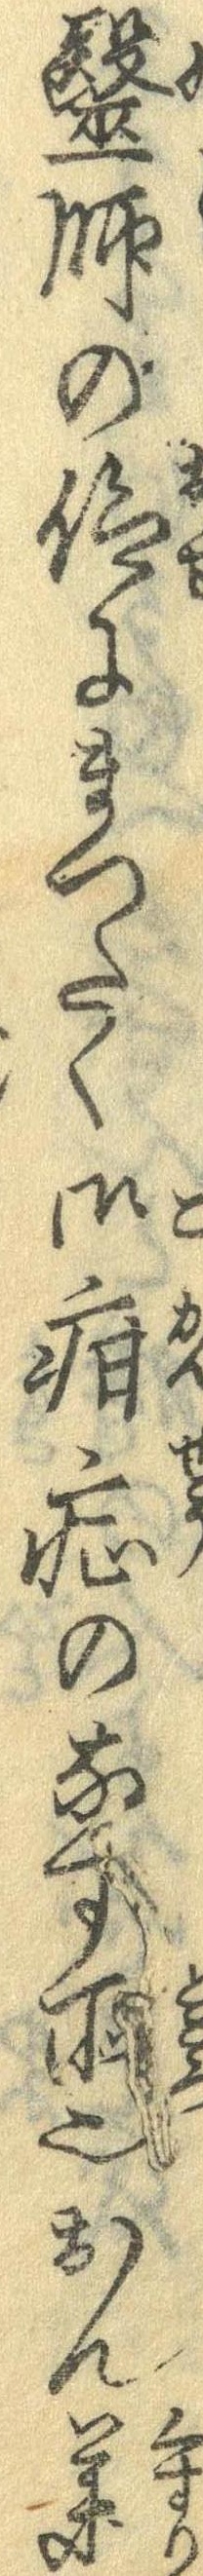
医師の仰にまったく御疳症のなす所也かん薬